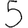
Digit: 5